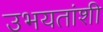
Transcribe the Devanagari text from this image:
उभयतांशी